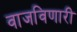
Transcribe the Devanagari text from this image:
वाजविणारी